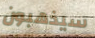
سيذهبون